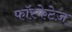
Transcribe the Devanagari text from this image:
फॉस्फेटेज़